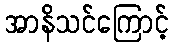
အာနိသင်ကြောင့်